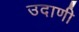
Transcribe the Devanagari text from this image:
उदाणी